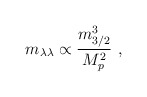
\begin{align*}m_{\lambda\lambda}\propto{m_{3/2}^3\over M_p^2}\ ,\end{align*}